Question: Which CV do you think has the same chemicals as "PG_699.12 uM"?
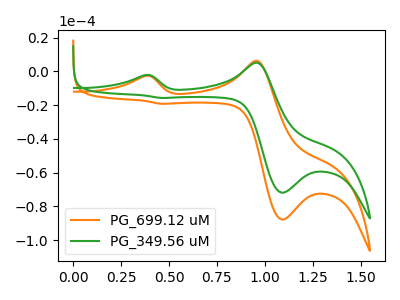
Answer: <think>The orange curve "PG_699.12 uM" has anodic peaks at (0.40V, -2.65uA) (0.95V, 6.35uA) and cathodic peaks at (1.10V, -87.80uA) (0.45V, -19.15uA). The green curve "PG_349.56 uM" has anodic peaks at (0.40V, -2.15uA) (0.95V, 5.20uA) and cathodic peaks at (1.10V, -71.90uA) (0.45V, -15.70uA).
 All the peaks in "PG_699.12 uM" have a peak in "PG_349.56 uM" at the same potential.</think>
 <answer>The CV with the most similar shape to "PG_349.56 uM" is "PG_699.12 uM".</answer>
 <eval>"PG_699.12 uM"</eval>